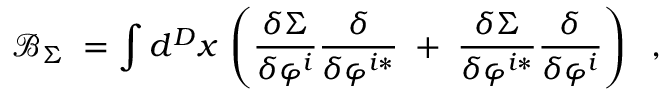
\mathcal { B } _ { \Sigma } \; = \int d ^ { D } x \, \left( \frac { \delta \Sigma } { \delta \varphi ^ { i } } \frac \delta { \delta \varphi ^ { i * } } \; + \; \frac { \delta \Sigma } { \delta \varphi ^ { i * } } \frac \delta { \delta \varphi ^ { i } } \right) \; \; ,